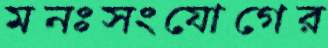
মনঃসংযোগের